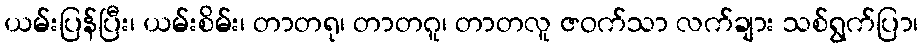
ယမ်းပြန်ပြီး၊ ယမ်းစိမ်း၊ တာတရု၊ တာတဂူ၊ တာတလူ ဇဝက်သာ လက်ချား သစ်ရွက်ပြာ၊